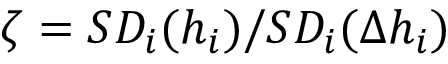
\zeta = S D _ { i } ( h _ { i } ) / S D _ { i } ( \Delta h _ { i } )